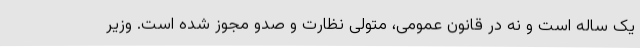
یک ساله است و نه در قانون عمومی، متولی نظارت و صدو مجوز شده است. وزیر